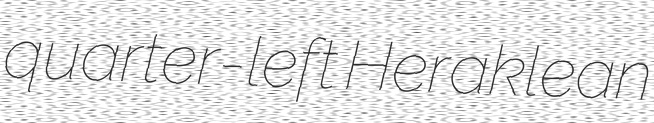
quarter-left Heraklean